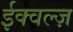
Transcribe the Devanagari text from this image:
ईक्वल्ज़